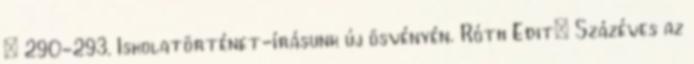
– 290-293. Iskolatörténet-írásunk új ösvényén. Róth Edit: Százéves az